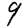
Digit: 9